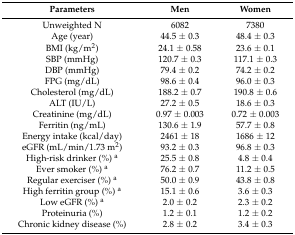
| Parameters | Men | Women |
 | --- | --- | --- |
 | Unweighted N | 6082 | 7380 |
 | Age (year) | 44.5 ± 0.3 | 48.4 ± 0.3 |
 | BMI (kg/m2) | 24.1 ± 0.58 | 23.6 ± 0.1 |
 | SBP (mmHg) | 120.7 ± 0.3 | 117.1 ± 0.3 |
 | DBP (mmHg) | 79.4 ± 0.2 | 74.2 ± 0.2 |
 | FPG (mg/dL) | 98.6 ± 0.4 | 96.0 ± 0.3 |
 | Cholesterol (mg/dL) | 188.2 ± 0.7 | 190.8 ± 0.6 |
 | ALT (IU/L) | 27.2 ± 0.5 | 18.6 ± 0.3 |
 | Creatinine (mg/dL) | 0.97 ± 0.003 | 0.72 ± 0.003 |
 | Ferritin (ng/mL) | 130.6 ± 1.9 | 57.7 ± 0.8 |
 | Energy intake (kcal/day) | 2461 ± 18 | 1686 ± 12 |
 | eGFR (mL/min/1.73 m2) | 93.2 ± 0.3 | 96.8 ± 0.3 |
 | High-risk drinker (%) a | 25.5 ± 0.8 | 4.8 ± 0.4 |
 | Ever smoker (%) a | 76.2 ± 0.7 | 11.2 ± 0.5 |
 | Regular exerciser (%) a | 50.0 ± 0.9 | 43.8 ± 0.8 |
 | High ferritin group (%) a | 15.1 ± 0.6 | 3.6 ± 0.3 |
 | Low eGFR (%) a | 2.0 ± 0.2 | 2.3 ± 0.2 |
 | Proteinuria (%) | 1.2 ± 0.1 | 1.2 ± 0.2 |
 | Chronic kidney disease (%) | 2.8 ± 0.2 | 3.4 ± 0.3 |